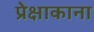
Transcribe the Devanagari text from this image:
प्रेक्षाकाना